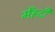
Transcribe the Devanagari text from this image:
मेँहदी